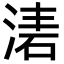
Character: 湱